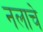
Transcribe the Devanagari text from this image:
नलाचे